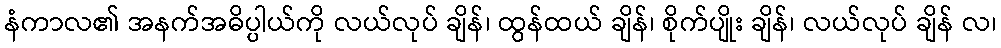
နံကာလ၏ အနက်အဓိပ္ပါယ်ကို လယ်လုပ် ချိန်၊ ထွန်ထယ် ချိန်၊ စိုက်ပျိုး ချိန်၊ လယ်လုပ် ချိန် လ၊